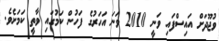
ވުޖޫދަށް އައިސްފައި ވަނީ 2010 ވަނަ އަހަރުގެ ފަހުން ކަމުގައި ވާތީ ކަމަށެވެ.